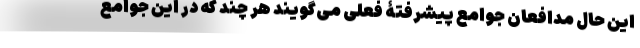
این حال مدافعان جوامع پیشرفتۀ فعلی می‌گویند هر چند که در این جوامع